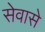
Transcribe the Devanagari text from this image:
सेवासे